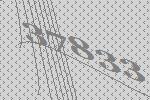
37833